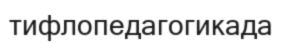
тифлопедагогикада